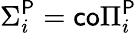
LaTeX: \Sigma_{i}^{\mathsf{P}}={\mathsf{co}}\Pi_{i}^{\mathsf{P}}